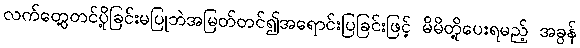
လက်တွေ့တင်ပို့ခြင်းမပြုဘဲအမြတ်တင်၍အရောင်းပြခြင်းဖြင့် မိမိတို့ပေးရမည့် အခွန်